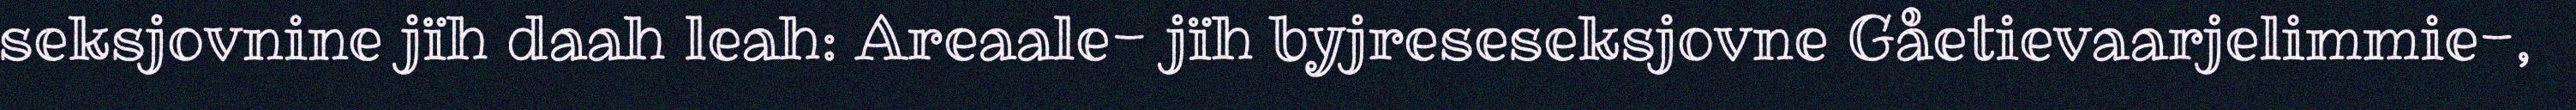
seksjovnine jïh daah leah: Areaale- jïh byjreseseksjovne Gåetievaarjelimmie-,